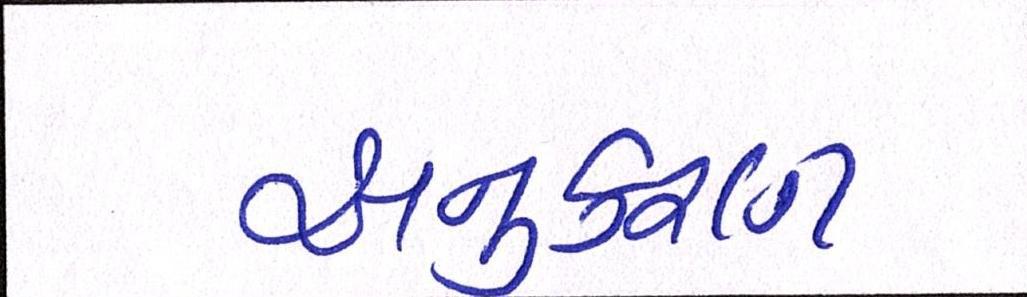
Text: અનુકરણ